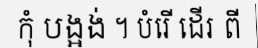
កុំ បង្អង់ ។ បំរើ ដើរ ពី